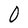
Character: 0